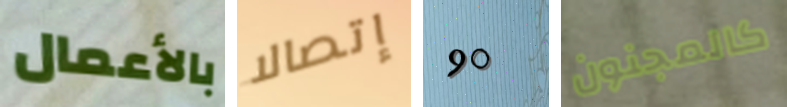
بالأعمال إتصالا 90 كالمجنون